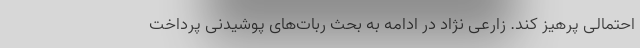
احتمالی پرهیز کند. زارعی نژاد در ادامه به بحث ربات‌های پوشیدنی پرداخت